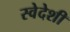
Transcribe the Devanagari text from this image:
स्वेदेशी